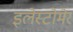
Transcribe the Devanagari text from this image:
इलेस्टोमेर